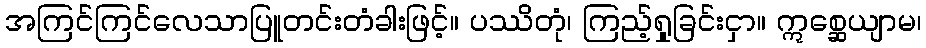
အကြင်ကြင်လေသာပြူတင်းတံခါးဖြင့်။ ပဿိတုံ၊ ကြည့်ရှုခြင်းငှာ။ ဣစ္ဆေယျာမ၊